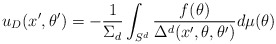
\begin{align*}u_D(x',\theta ')=-{1\over \Sigma_d}\int_{S^d}{f(\theta )\over \Delta^d(x', \theta , \theta ')}d\mu (\theta )\end{align*}